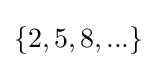
\{2,5,8,...\}